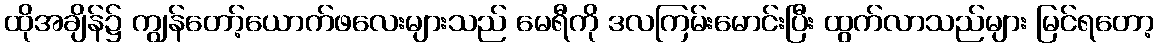
ထိုအချိန်၌ ကျွန်တော့်ယောက်ဖလေးများသည် မေရီကို ဒလကြမ်းမောင်းပြီး ထွက်လာသည်များ မြင်ရတော့